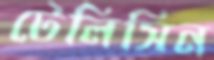
টেলিসিন